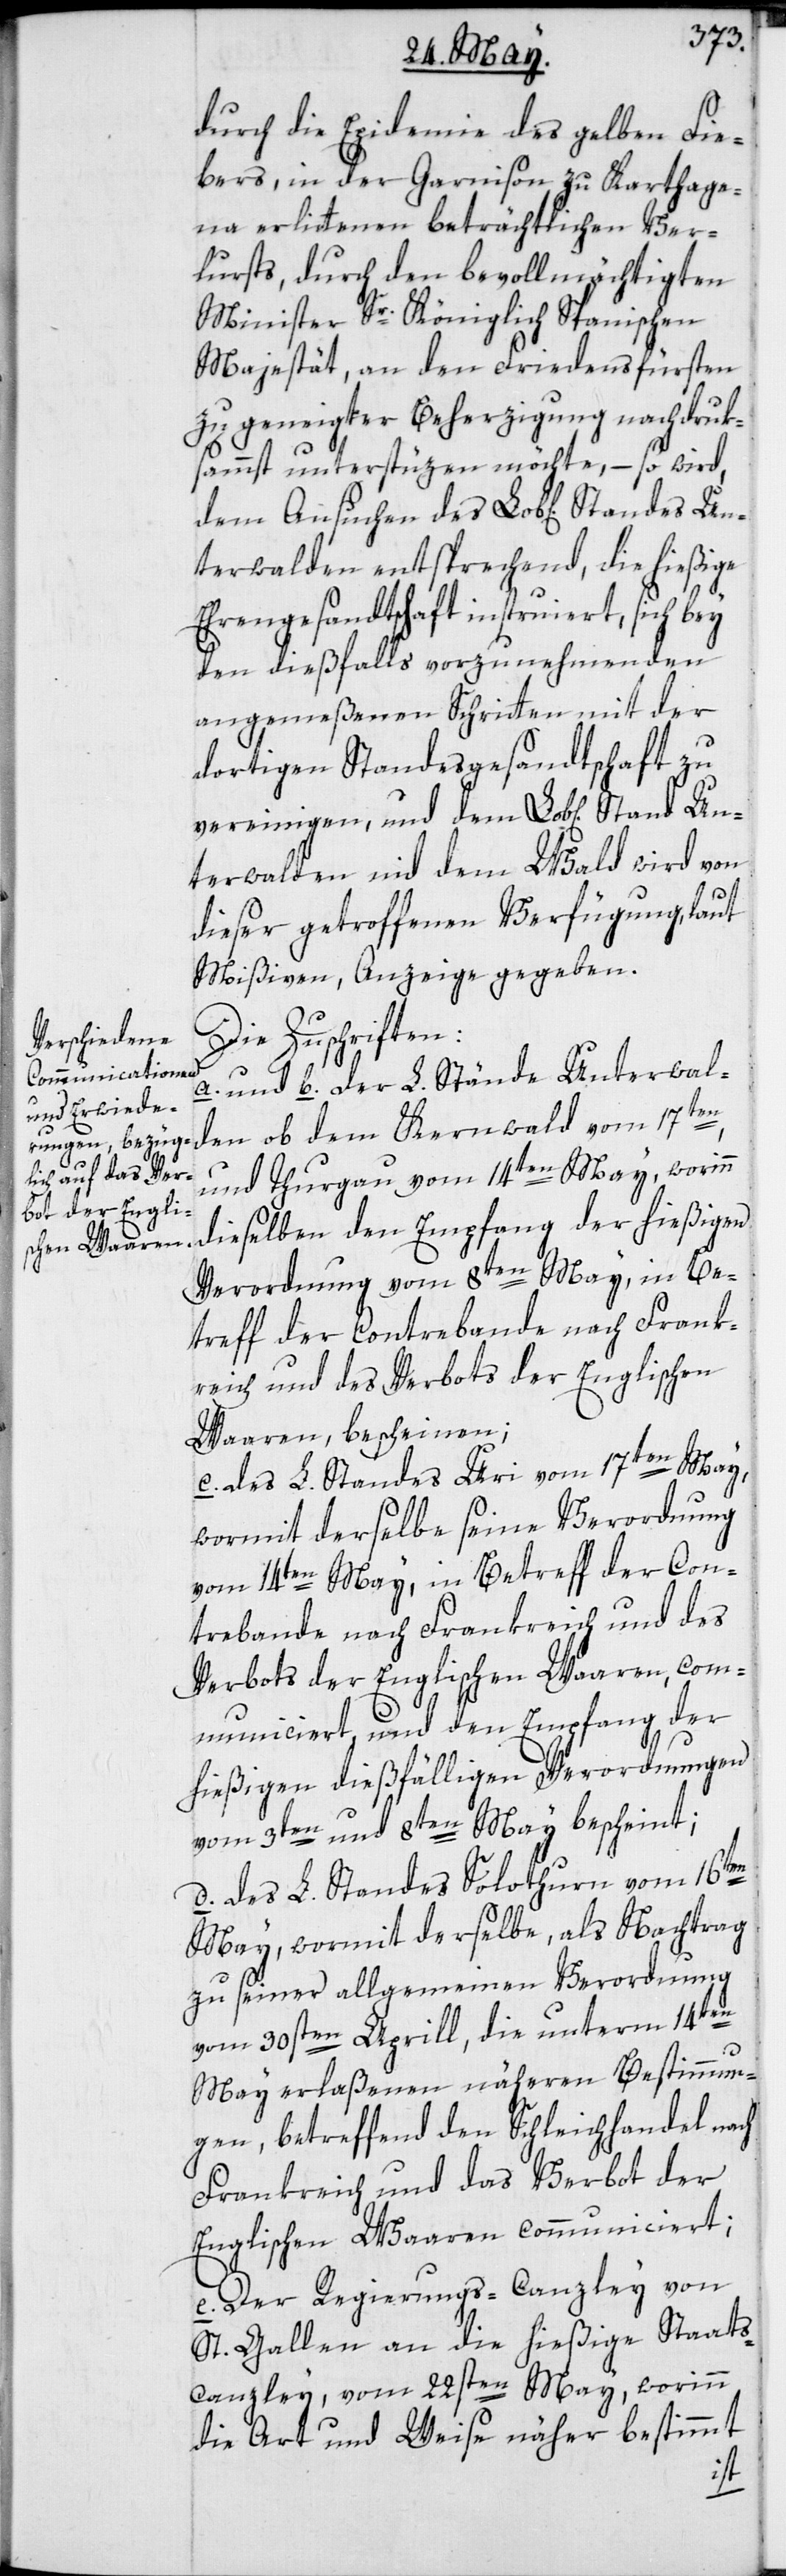
durch die Epidemie des gelben Fie¬
bers, in der Garnison zu Karthage¬
na erlittenen beträchtlichen Ver¬
lursts, durch den bevollmächtigten
Minister Sr. Königlich Spanischen
Majestät, an den Friedensfürsten
zu geneigter Beherzigung nachdruck¬
sammst unterstüzen möchte, – so wird,
terwalden entsprechend, die hießige
Ehrengesandtschaft instruiert, sich bey
den dießfalls vorzunehmenden
angemeßenen Schritten mit der
dortigen Standesgesandtschaft zu
vereinigen, und dem Lob[lichen] St¬
terwalden nid dem Wald wird von
dieser getroffenen Verfügung, laut
Mißiven, Anzeige gegeben.
Die Zuschriften:
a.) und b.) der L. Stände Unterwal¬
den ob dem Kernwald vom 17ten,
und Thurgau vom 14ten May, worinn
dieselben den Empfang der hießigen
Verordnung vom 8ten May, in Be¬
treff der Contrebande nach Frank¬
reich und des Verbots der Englischen
Waaren, bescheinen;
Un¬
c.) des L. Standes Uri vom 17ten May,
wormit derselbe seine Verordnung
vom 14ten May, in Betreff der Con¬
trebande nach Frankreich und des
Verbots der Englischen Waaren, com¬
municiert, und den Empfang der
hießigen dießfälligen Verordnungen
vom 3ten und 8ten May bescheint;
d.) des L. Standes Solothurn vom 16ten
May, wormit derselbe als Nachtrag
zu seiner allgemeinen Verordnung
vom 30sten Aprill, die unterm 14ten
May erlaßenen näheren Bestimmun¬
gen, betreffend den Schleichhandel nach
Frankreich und das Verbot der
Englischen Waaren communiciert;
e.) Der Regierungs-Canzley von
St. Gallen an die hießige Staats¬
canzley, vom 22sten May, worinn
die Art und Weise näher bestimmt